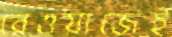
রেওয়াজেই